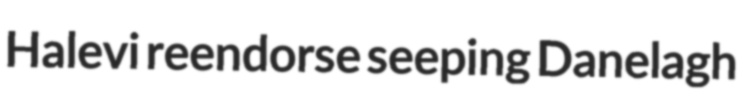
Halevi reendorse seeping Danelagh